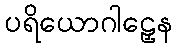
ပရိယောဂါဠှေန